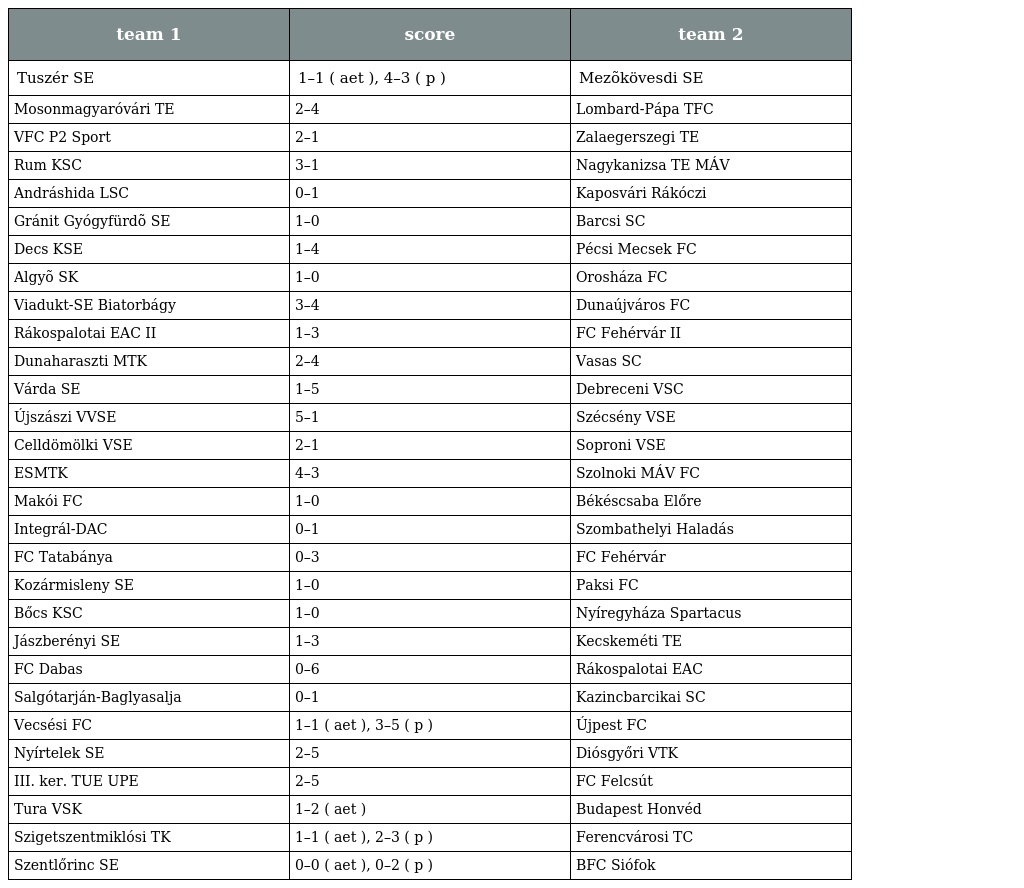
| team 1 | score | team 2 |
 | --- | --- | --- |
 | Tuszér SE | 1–1 ( aet ), 4–3 ( p ) | Mezõkövesdi SE |
 | Mosonmagyaróvári TE | 2–4 | Lombard-Pápa TFC |
 | VFC P2 Sport | 2–1 | Zalaegerszegi TE |
 | Rum KSC | 3–1 | Nagykanizsa TE MÁV |
 | Andráshida LSC | 0–1 | Kaposvári Rákóczi |
 | Gránit Gyógyfürdõ SE | 1–0 | Barcsi SC |
 | Decs KSE | 1–4 | Pécsi Mecsek FC |
 | Algyõ SK | 1–0 | Orosháza FC |
 | Viadukt-SE Biatorbágy | 3–4 | Dunaújváros FC |
 | Rákospalotai EAC II | 1–3 | FC Fehérvár II |
 | Dunaharaszti MTK | 2–4 | Vasas SC |
 | Várda SE | 1–5 | Debreceni VSC |
 | Újszászi VVSE | 5–1 | Szécsény VSE |
 | Celldömölki VSE | 2–1 | Soproni VSE |
 | ESMTK | 4–3 | Szolnoki MÁV FC |
 | Makói FC | 1–0 | Békéscsaba Előre |
 | Integrál-DAC | 0–1 | Szombathelyi Haladás |
 | FC Tatabánya | 0–3 | FC Fehérvár |
 | Kozármisleny SE | 1–0 | Paksi FC |
 | Bőcs KSC | 1–0 | Nyíregyháza Spartacus |
 | Jászberényi SE | 1–3 | Kecskeméti TE |
 | FC Dabas | 0–6 | Rákospalotai EAC |
 | Salgótarján-Baglyasalja | 0–1 | Kazincbarcikai SC |
 | Vecsési FC | 1–1 ( aet ), 3–5 ( p ) | Újpest FC |
 | Nyírtelek SE | 2–5 | Diósgyőri VTK |
 | III. ker. TUE UPE | 2–5 | FC Felcsút |
 | Tura VSK | 1–2 ( aet ) | Budapest Honvéd |
 | Szigetszentmiklósi TK | 1–1 ( aet ), 2–3 ( p ) | Ferencvárosi TC |
 | Szentlőrinc SE | 0–0 ( aet ), 0–2 ( p ) | BFC Siófok |